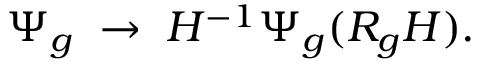
\Psi _ { g } \; \rightarrow \; H ^ { - 1 } \Psi _ { g } ( R _ { g } H ) .